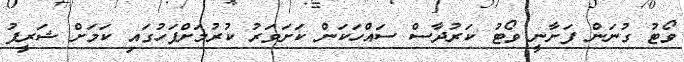
ވޯޓު ގުނަން ފަށާނީ ވޯޓު ކަރުދާސް ސައްހަކަން ކަށަވަރު ކުރުމަށްފަހުގައި ކަމަށް ޝަރީފު